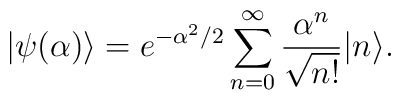
|\psi(\alpha)\rangle=e^{-\alpha^2/2}\sum_{n=0}^\infty{\alpha^n\over\sqrt{n!}}    |n\rangle.